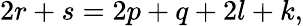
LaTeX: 2r+s=2p+q+2l+k,